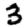
Digit: 3